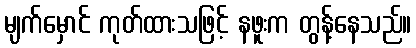
မျက်မှောင် ကုတ်ထားသဖြင့် နဖူးက တွန့်နေသည်။